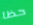
حظا